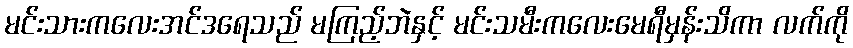
မင်းသားကလေးအင်ဒရေသည် မကြည့်ဘဲနှင့် မင်းသမီးကလေးမေရီမှန်းသိကာ လက်ကို